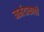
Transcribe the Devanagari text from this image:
नर्मदाकाठी